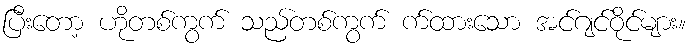
ပြီးတော့ ဟိုတစ်ကွက် သည်တစ်ကွက် က်ထားသော အင်ဂျင်ဝိုင်များ။